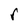
Character: r